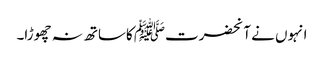
انہوں نے آنحضرتﷺ کاساتھ نہ چھوڑا۔